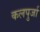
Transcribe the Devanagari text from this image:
कलपुर्जा